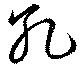
孔